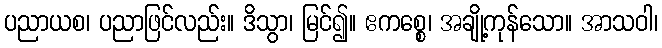
ပညာယစ၊ ပညာဖြင်လည်း။ ဒိသွာ၊ မြင်၍။ ဧကစ္စေ၊ အချို့ကုန်သော။ အာသဝါ၊